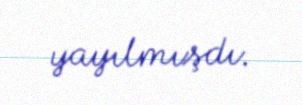
yayılmışdı.